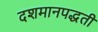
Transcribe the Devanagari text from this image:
दशमानपद्धती